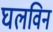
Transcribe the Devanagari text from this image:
घलविन